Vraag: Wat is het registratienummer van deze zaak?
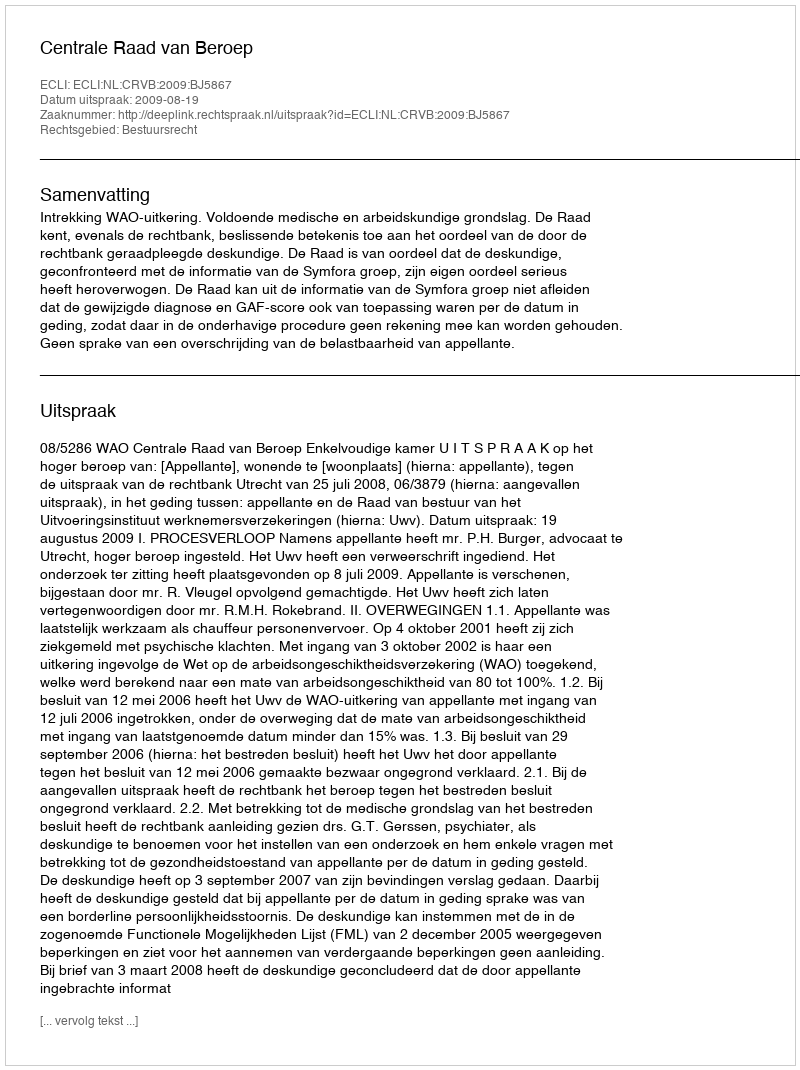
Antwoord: http://deeplink.rechtspraak.nl/uitspraak?id=ECLI:NL:CRVB:2009:BJ5867